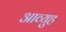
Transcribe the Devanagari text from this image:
आव्युह